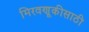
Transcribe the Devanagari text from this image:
मिरवणूकीसाठी